Reports on military cantonments and civil stations in the Presidency of Bombay inspected by the Sanitary Commissioner in the years 1875 and 1876
Year: 1875
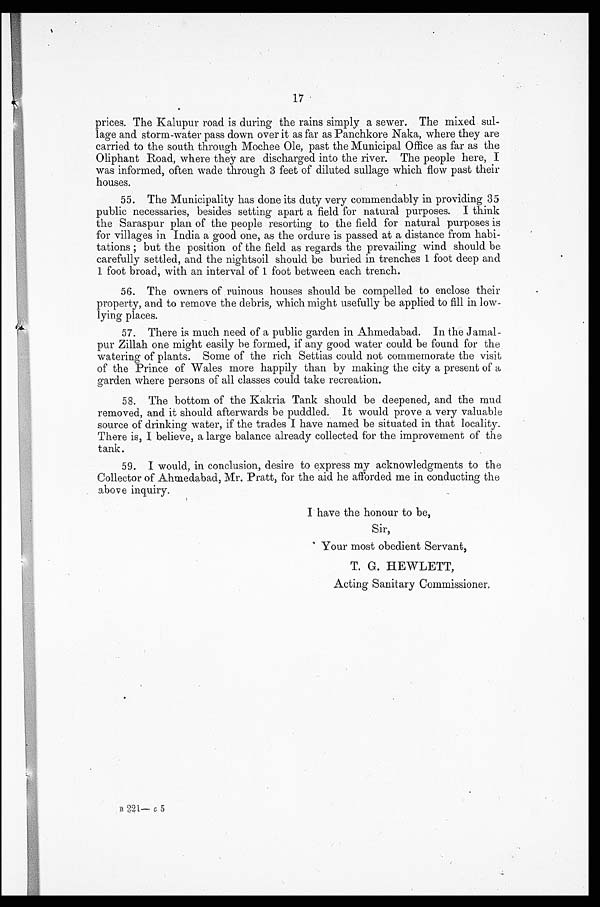
17
prices. The Kalupur road is during the rains simply a sewer. The mixed sul
-lage and storm-water pass down over it as far as Panchkore Naka, where they are
carried to the south through Mochee Ole, past the Municipal Office as far as the
Oliphant Road, where they are discharged into the river. The people here, I
was informed, often wade through 3 feet of diluted sullage which flow past their
houses.
55. The Municipality has done its duty very commendably in providing 35
public necessaries, besides setting apart a field for natural purposes. I think
the Saraspur plan of the people resorting to the field for natural purposes is
for villages in India a good one, as the ordure is passed at a distance from habi
- t a t i o n s ; b u t t h e p o s i t i o n o f t h e f i e l d a s r e g a r d s t h e p r e v a i l i n g w i n d s h o u l d b e
carefully settled, and the nightsoil should be buried in trenches 1 foot deep and
1 foot broad, with an interval of 1 foot between each trench.
56. The owners of ruinous houses should be compelled to enclose their
property, and to remove the debris, which might usefully be applied to fill in low-
lying places.
57. There is much need of a public garden in Ahmedabad. In the Jamal
-pur Zillah one might easily be formed, if any good water could be found for the
watering of plants. Some of the rich Settias could not commemorate the visit
of the Prince of Wales more happily than by making the city a present of a
garden where persons of all classes could take recreation.
58. The bottom of the Kakria Tank should be deepened, and the mud
removed, and it should afterwards be paddled. It would prove a very valuable
source of drinking water, if the trades I have named be situated in that locality.
There is, I believe, a large balance already collected for the improvement of the
tank.
59. I would, in conclusion, desire to express my acknowledgments to the
Collector of Ahmedabad, Mr. Pratt, for the aid he afforded me in conducting the
above inquiry.
I have the honour to be,
Sir,
Your most obedient Servant,
T. G. HEWLETT,
Acting Sanitary Commissioner,